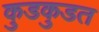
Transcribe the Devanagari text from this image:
कुडकुडत